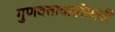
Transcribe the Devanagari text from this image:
गुणवत्तावाढीसाठी